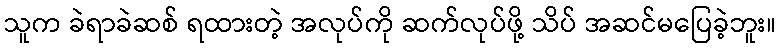
သူက ခဲရာခဲဆစ် ရထားတဲ့ အလုပ်ကို ဆက်လုပ်ဖို့ သိပ် အဆင်မပြေခဲ့ဘူး။